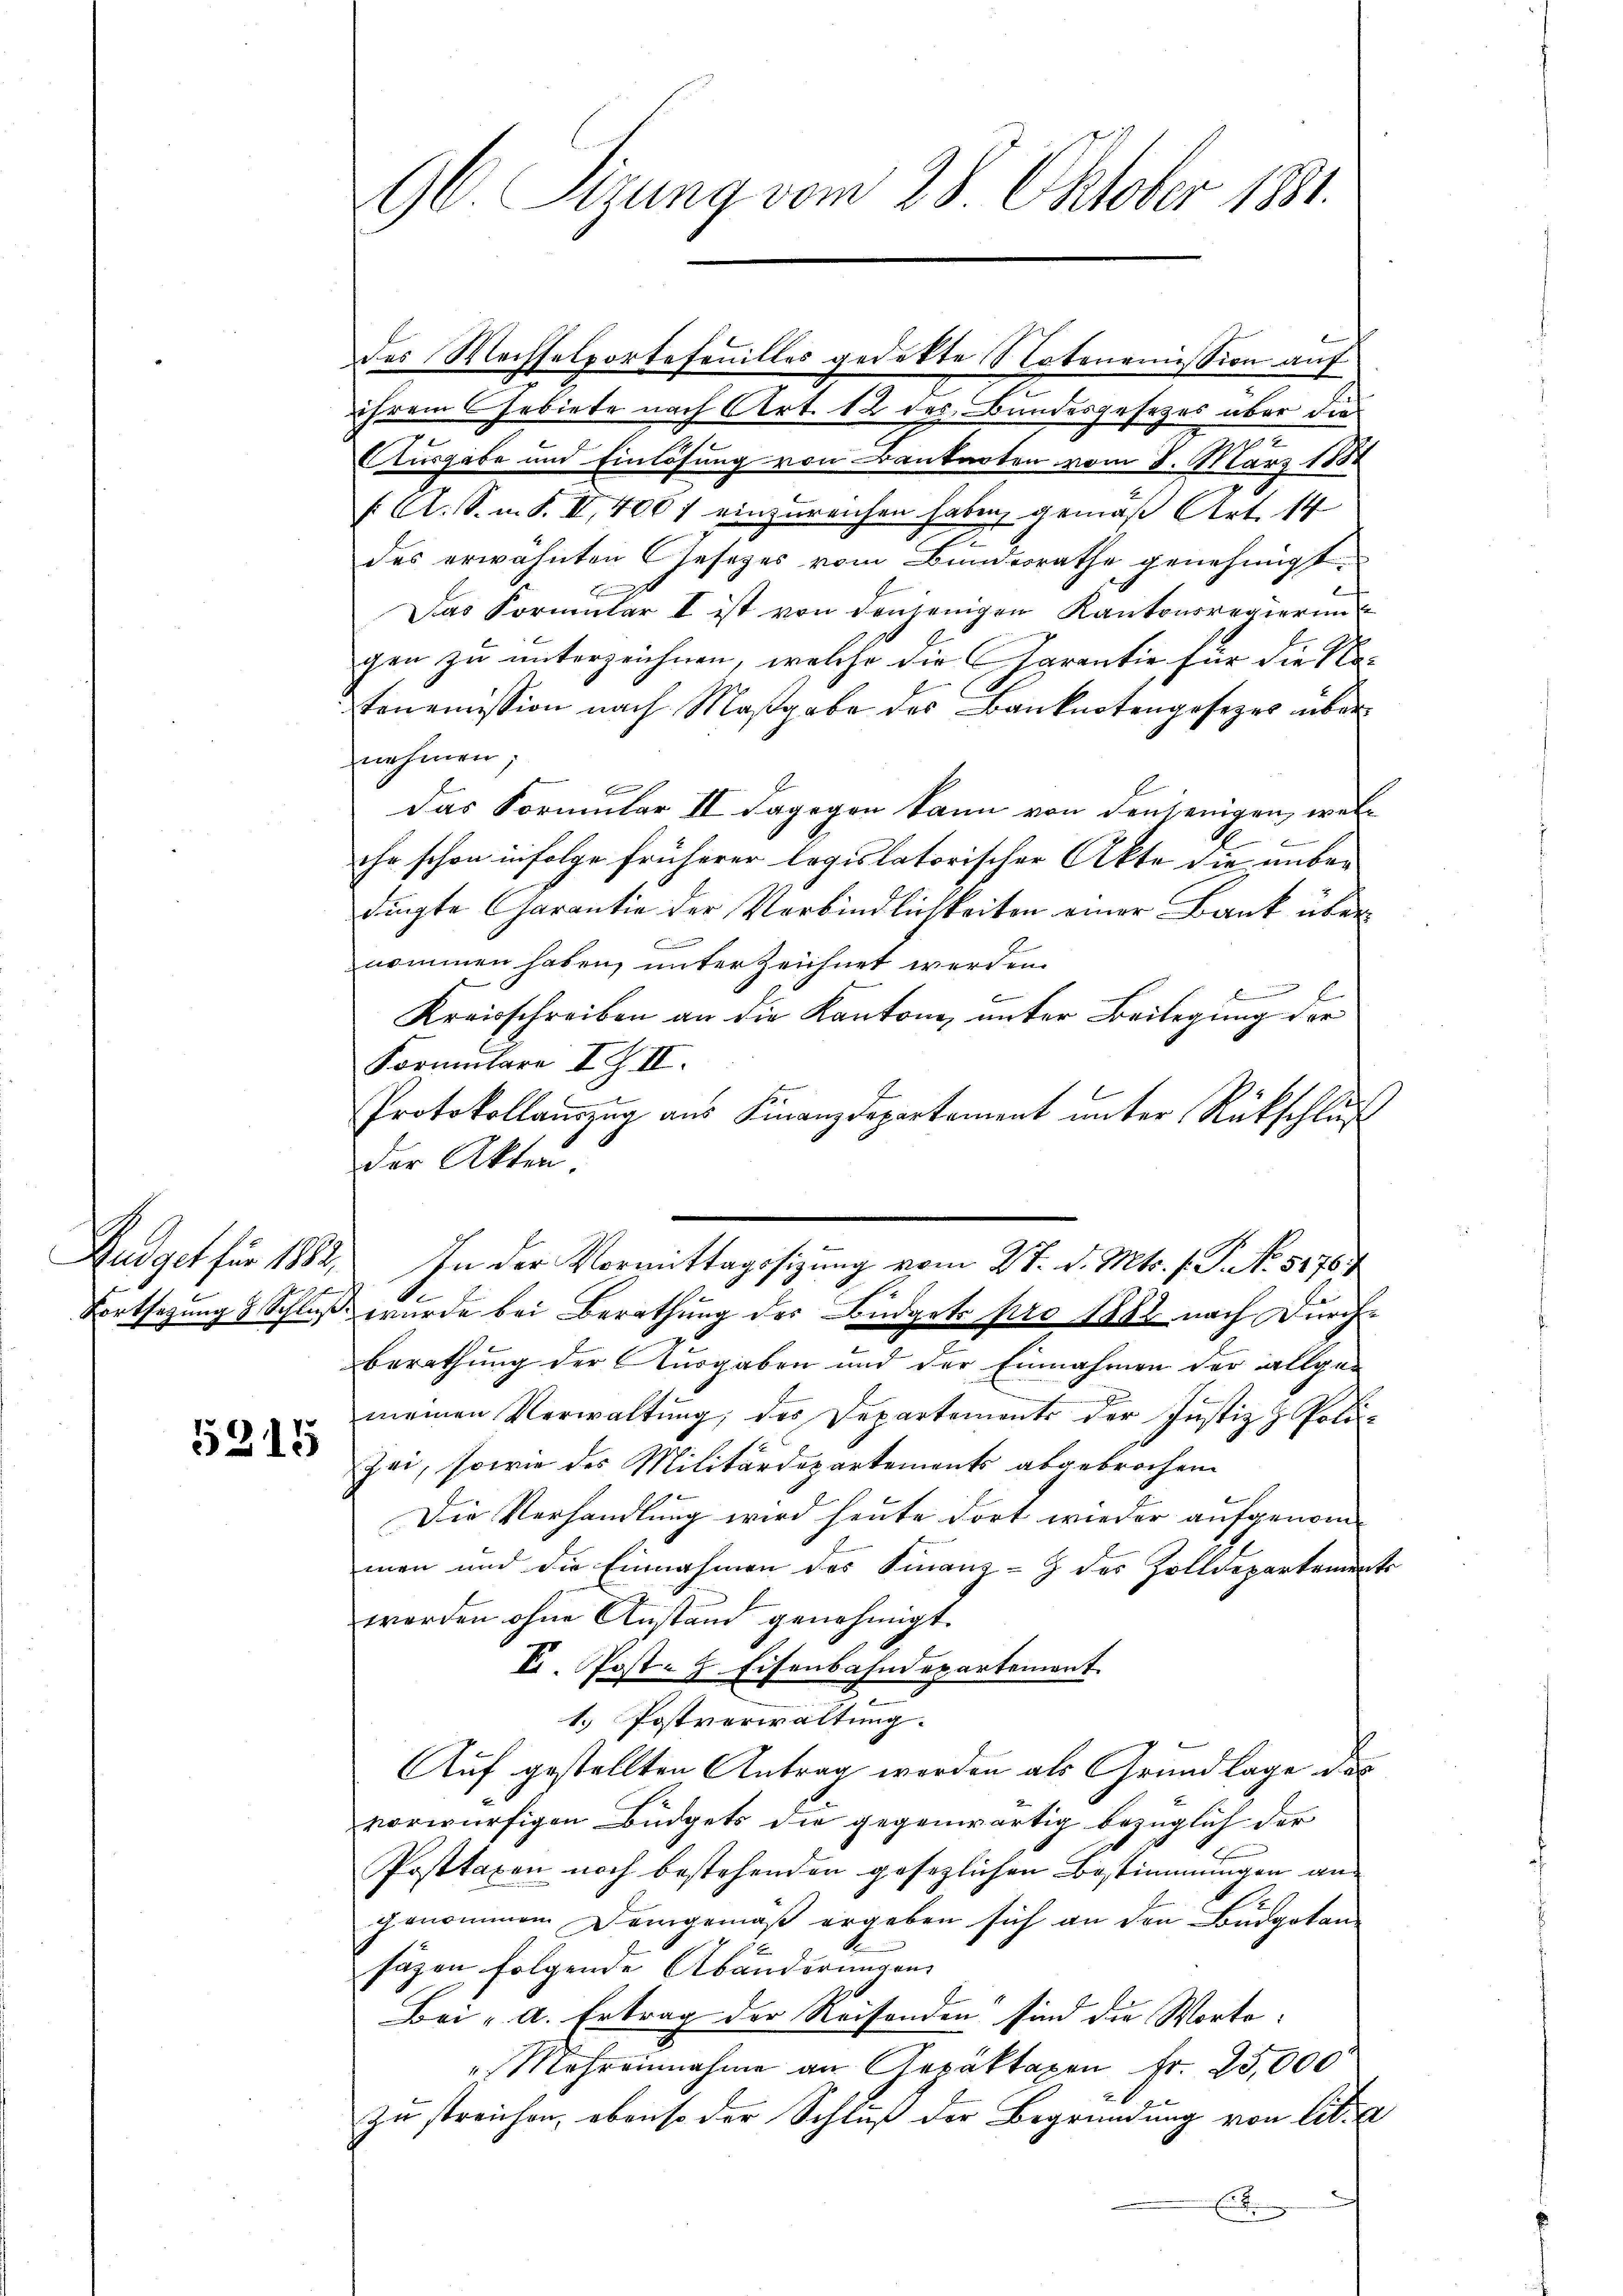
Gudget für 1882.
Fortsetzung & Schluß.

5215

96 Sizung vom 28. Oktober 1831.

des Machselportefanilles gedekte Notonomission auf
ihrem Gebiete nach Art. 12 des Bundesgesetzes über die
e
AAusgabe und Einlösung von Cantarten vom 8. März 1881
 A. S. m. S. II, 400 f einzureichen haben, gemäß Art. 14
e
des erwähnten Gesetzes vom Bundesrathe genehmigt.
.
Das Formular I ist von denjenigen Kantonsregierung
gen zu unterzeichnen, welche die Garantie für die Na-
tenemission nach Maßgabe des Banknotengesezes übernehmen;
das Formular II dagegen kann von denjenigen, welc
.
ihr schon infolge früherer legislatorischer Akte die unber
dingte Garantie der Verbindlichkeiten einer Bank über
C
nommen haben, unter Zeichnet werden.
E
Kreisschreiben an die Kantone, unter Beilegung der
Formulare III.
Protokollauszug aus Finanzdepartement ŭnter Rückschluß
der Akten
In der Vormittagssitzung vom 27. d. Mts. f. P. No. 51767
.
B
wurde bei Berathung des Büdgets pro 1882 nach Durch¬
Berathung der Ausgaben und der Einnahmen der allge-
meinen Verwaltung, des Departements der Justiz & Poli¬
Zei, sowie des Militärdepartements abgebrochen
f
Die Verhandlung wird heute dort wieder aufgenom-
men und die Einnahmen der Finanz-Z des Zolldepartements
worden ohne Anstand genehmigt.
F. Post- & Eisenbahndepartement
1. Postverwaltung.
Auf gestellten Antrag werden als Grundlage des
vorwürfigen Büdgets die gegenwärtig bezüglich der
Posttaxen noch bestehenden gesezlichen Bestimmungen an¬
.
genommen Demgemäß ergeben sich an den Budgetansäzen folgende Abänderungen
Bei - a. Ertrag der Reisenden sind die Worte:
 Mehreinnahme an Aepaktaxen fr. 25,000
zu streichen, ebenso der Schluß der Begründung von lit. a